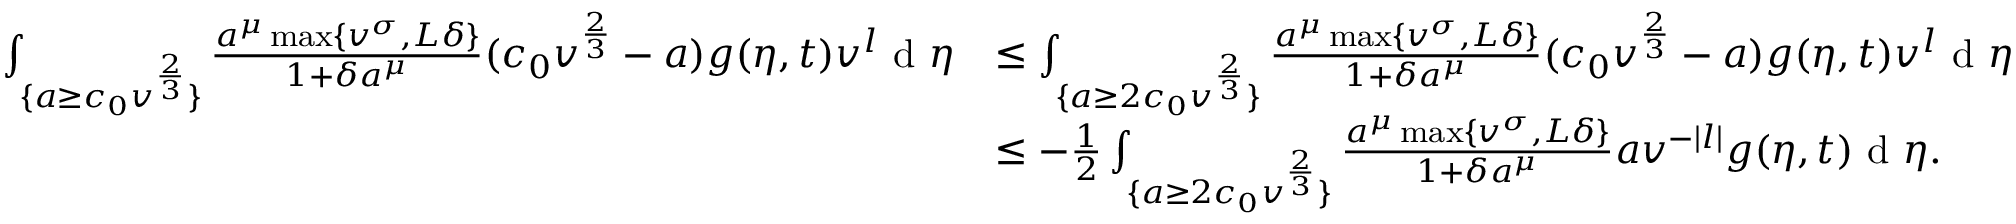
\begin{array} { r l } { \int _ { \{ a \geq c _ { 0 } v ^ { \frac { 2 } { 3 } } \} } \frac { a ^ { \mu } \operatorname* { m a x } \{ v ^ { \sigma } , L \delta \} } { 1 + \delta a ^ { \mu } } ( c _ { 0 } v ^ { \frac { 2 } { 3 } } - a ) g ( \eta , t ) v ^ { l } \textup { d } \eta } & { \leq \int _ { \{ a \geq 2 c _ { 0 } v ^ { \frac { 2 } { 3 } } \} } \frac { a ^ { \mu } \operatorname* { m a x } \{ v ^ { \sigma } , L \delta \} } { 1 + \delta a ^ { \mu } } ( c _ { 0 } v ^ { \frac { 2 } { 3 } } - a ) g ( \eta , t ) v ^ { l } \textup { d } \eta } \\ & { \leq - \frac { 1 } { 2 } \int _ { \{ a \geq 2 c _ { 0 } v ^ { \frac { 2 } { 3 } } \} } \frac { a ^ { \mu } \operatorname* { m a x } \{ v ^ { \sigma } , L \delta \} } { 1 + \delta a ^ { \mu } } a v ^ { - | l | } g ( \eta , t ) \textup { d } \eta . } \end{array}